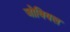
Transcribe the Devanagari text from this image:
जोवियल